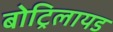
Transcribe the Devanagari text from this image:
बोट्रिलायड